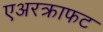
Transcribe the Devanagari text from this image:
एअरक्राफट